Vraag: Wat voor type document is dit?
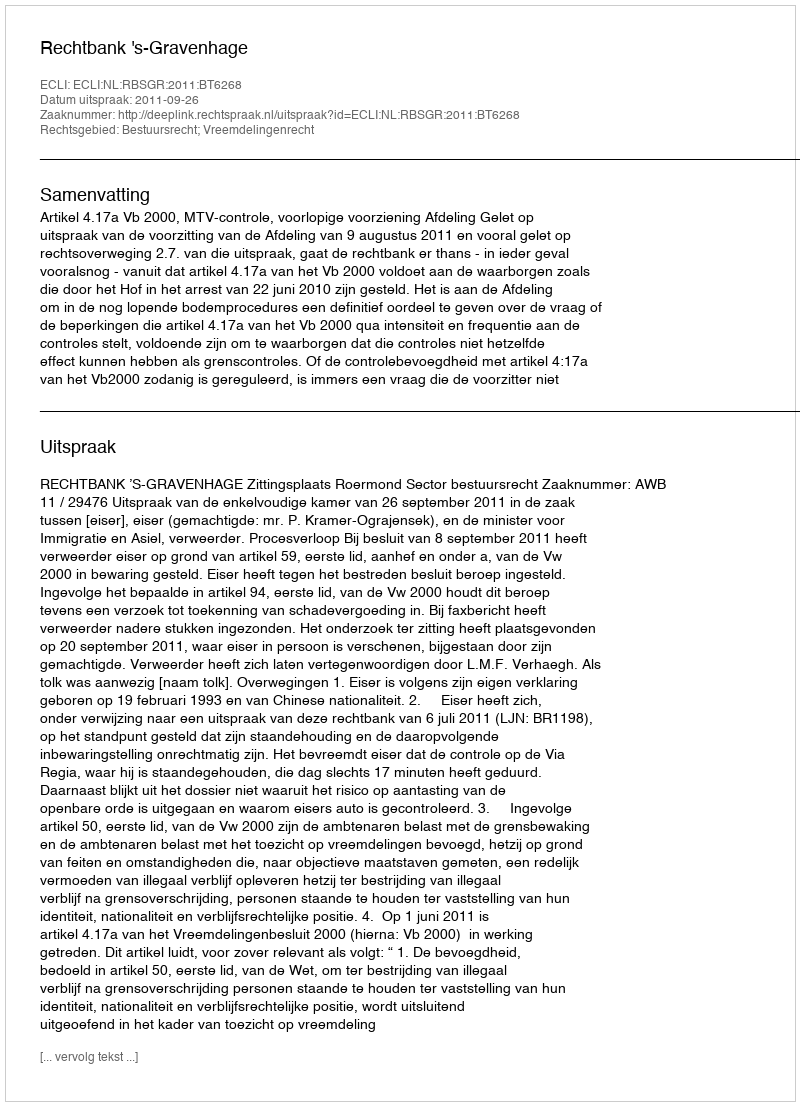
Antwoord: Uitspraak